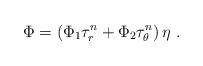
LaTeX: \begin{align*}\Phi= \left(\Phi_1 \tau_r^{n}+\Phi_2 \tau_\theta^{n}\right) \eta\ . \end{align*}